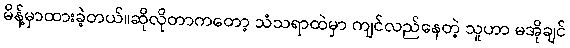
မိန့်မှာထားခဲ့တယ်။ဆိုလိုတာကတော့ သံသရာထဲမှာ ကျင်လည်နေတဲ့ သူဟာ မအိုချင်